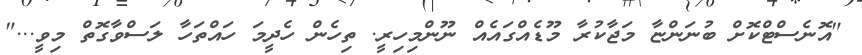
"އޮނެސްޓްކޮށް ބުނަންޏާ މަޖާކުރާ މޫޑެއްގައެއް ނޫންމިހިރީ. ތިހެން ހެދީމަ ހައްތަހާ ލަސްވާގޮތް މިވީ..."